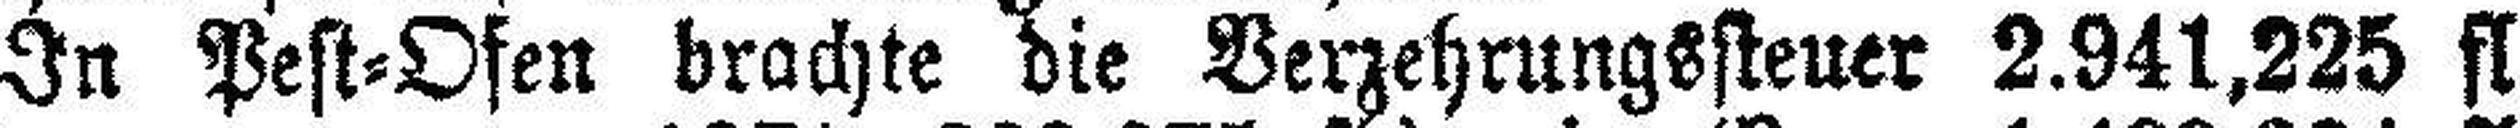
In Pest=Ofen brachte die Verzehrungssteuer 2.941,225 fl